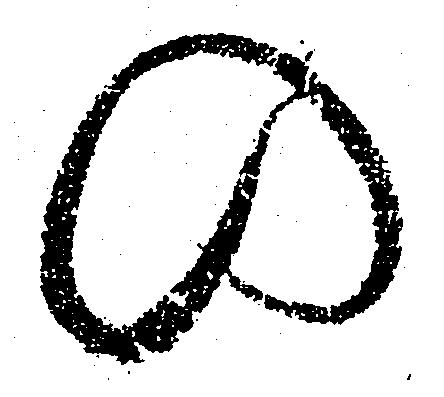
の